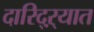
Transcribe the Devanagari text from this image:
दारिद्‌ऱ्यात